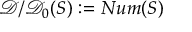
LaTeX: { \mathcal { D } } / { \mathcal { D } } _ { 0 } ( S ) : = N u m ( S )